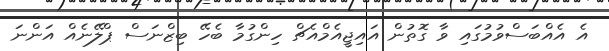
އެ އެއްބަސްވުމުގައި ވާ ގޮތުން އައިޖީއެމްއެޗް ހިންގުމާ ބެހޭ ބިޒްނަސް ޕްލޭނެއް އަންނަ